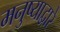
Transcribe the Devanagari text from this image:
मनुष्याद्वारे